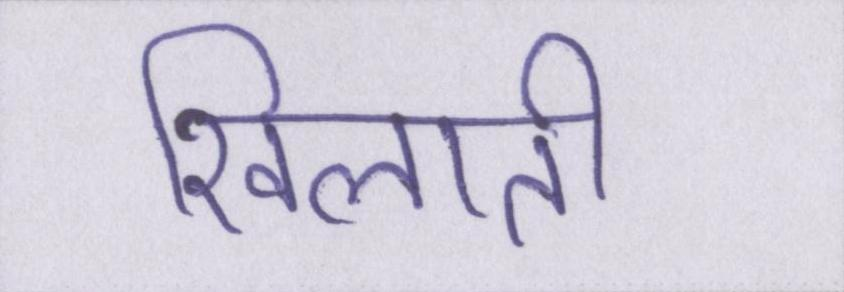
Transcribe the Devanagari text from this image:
खिलाती